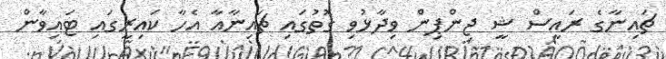
ޗައިނާގެ ރައީސް ޝީ ޖިންޕިން ވިދާޅުވި ގޮތުގައި ޗައިނާއާ އެހާ ކައިރީގައި ޓައިވާން